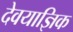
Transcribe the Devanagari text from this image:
देवयाज्ञिक